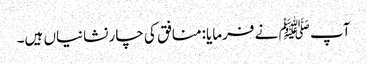
آپ ﷺ نے فرمایا:منافق کی چار نشانیاں ہیں۔